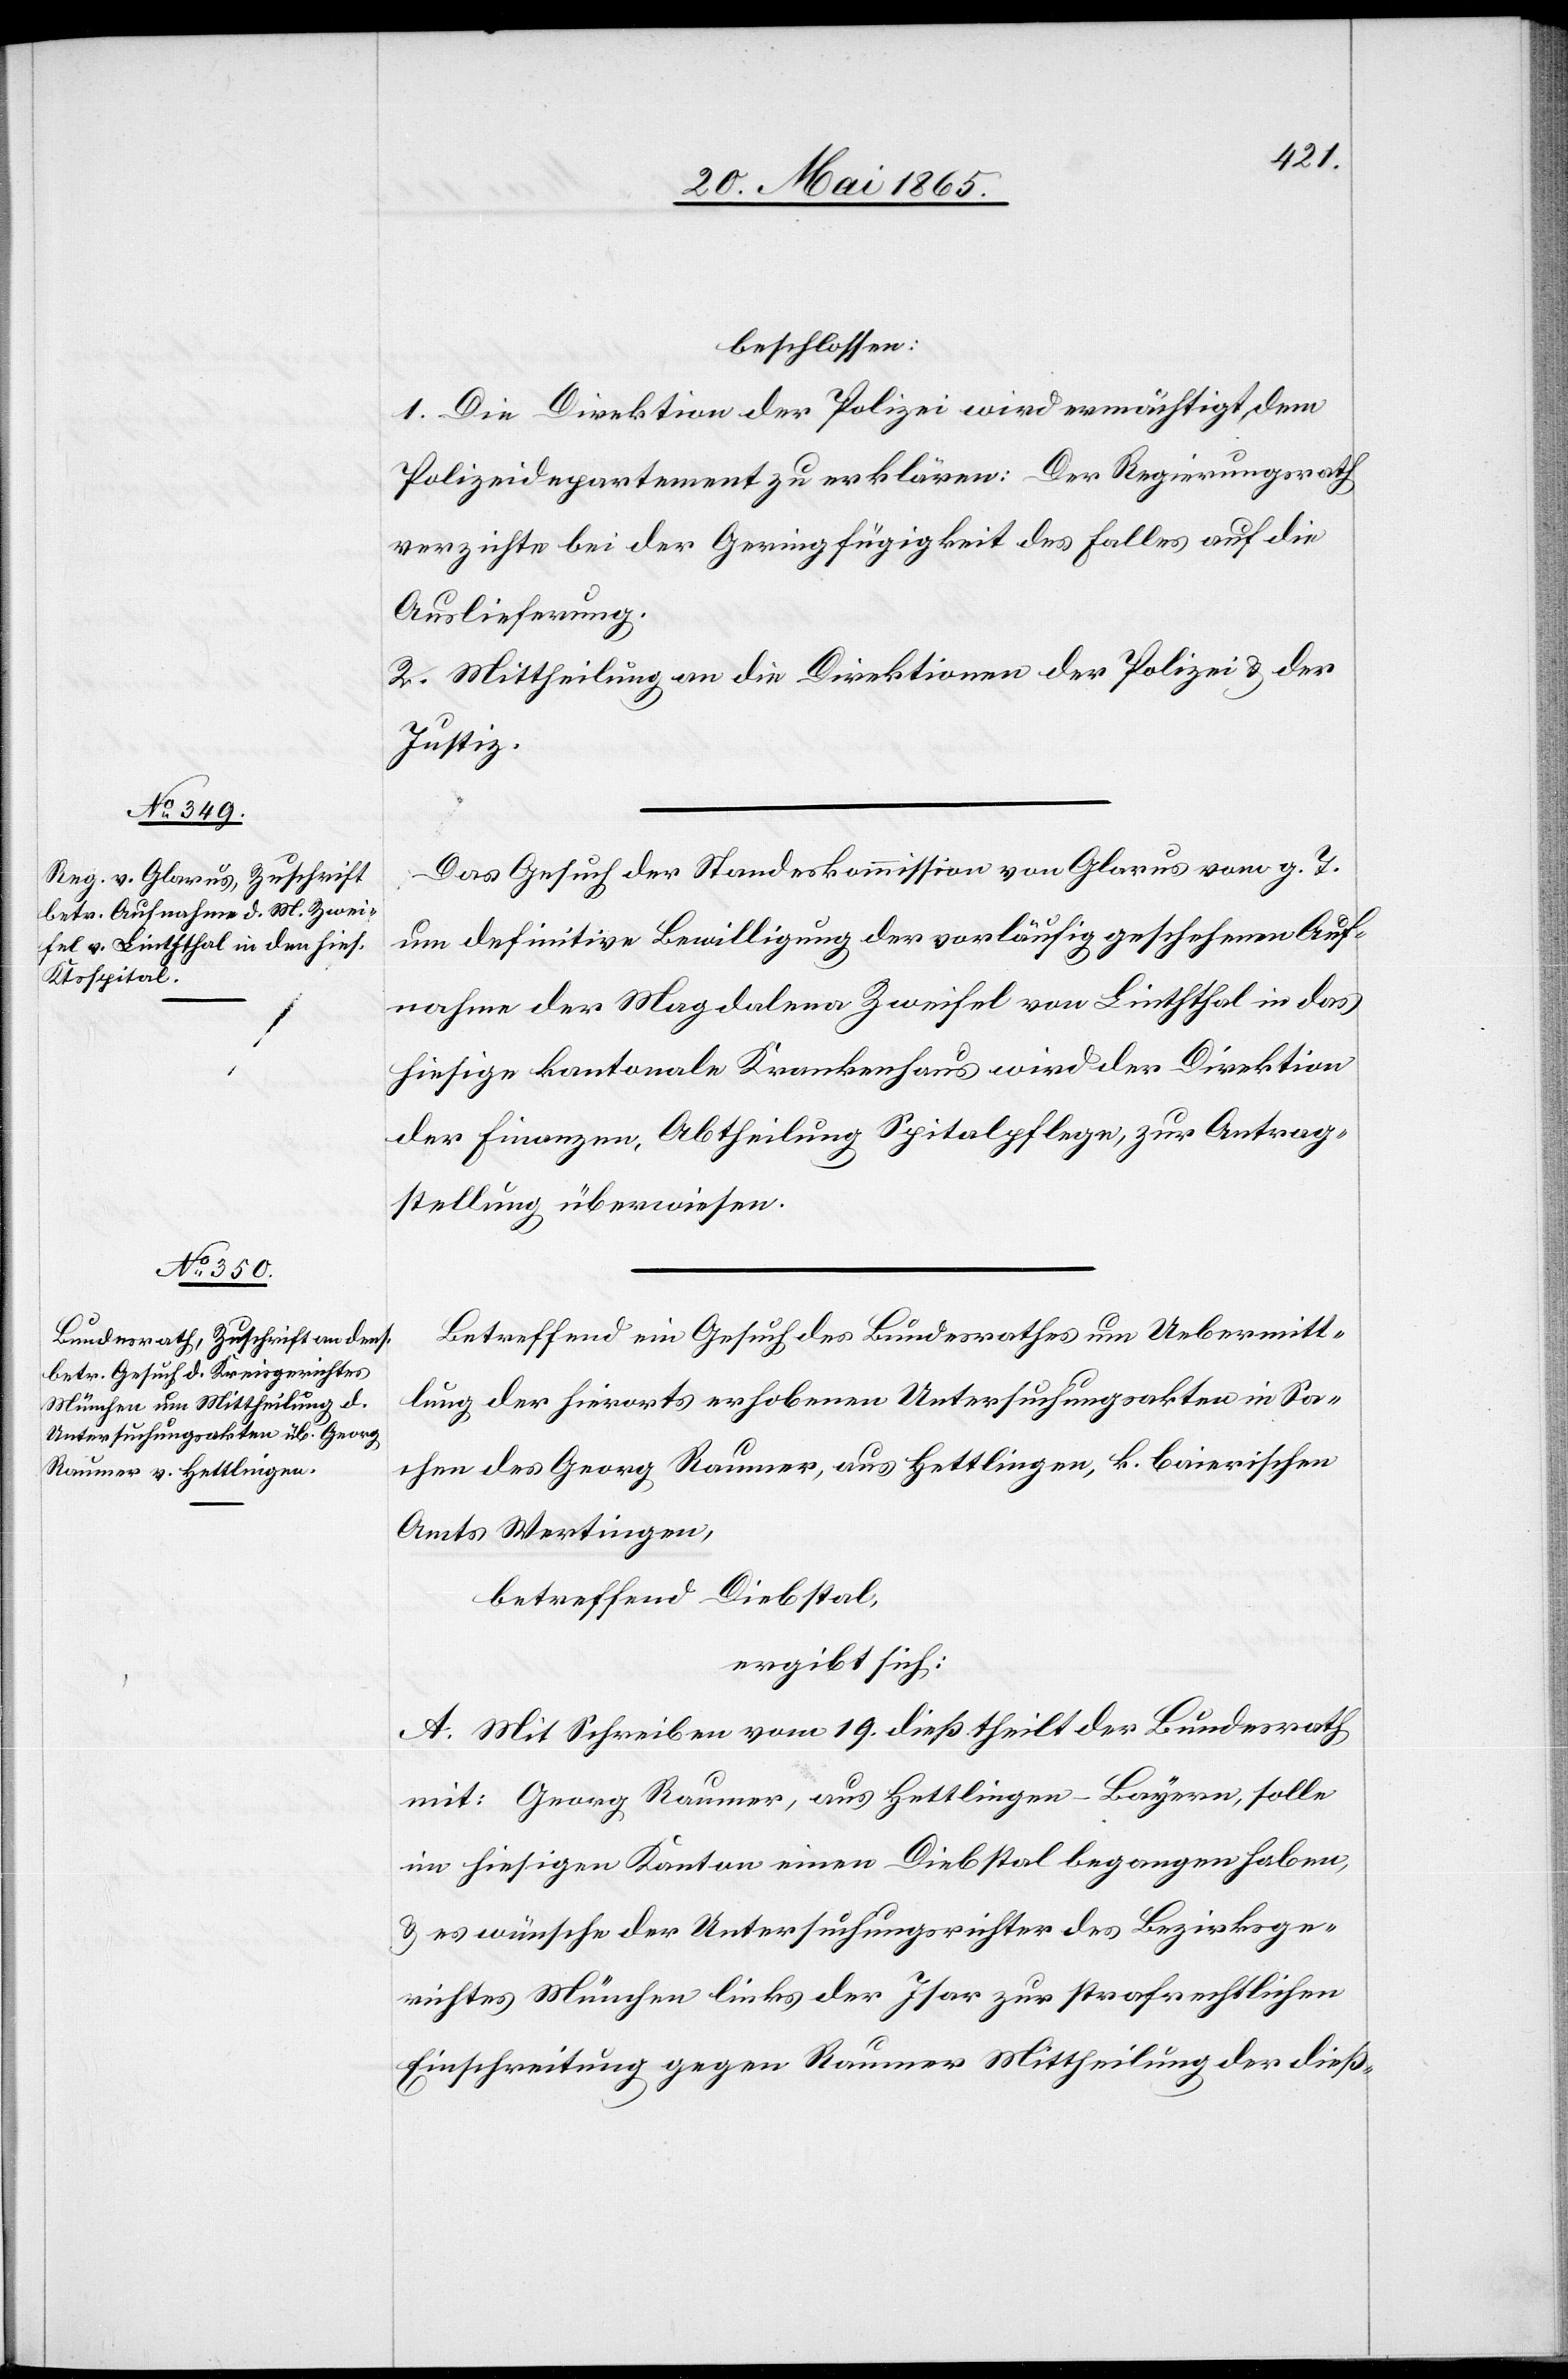
?23. Mai 1865.]
beschlossen:
1. Die Direktion der Polizei wird ermächtigt, dem
Polizeidepartement zu erklären: Der Regierungsrath
verzichte bei der Geringfügigkeit des Falles auf die
Auslieferung.
2. Mittheilung an die Direktion der Polizei & der
Justiz.
Das Gesuch der Standeskommission von Glarus vom g. T.
um definitive Bewilligung der vorläufig geschehenen Auf¬
nahme der Magdalena Zweifel von Linththal in das
hiesige kantonale Krankenhaus wird der Direktion
der Finanzen, Abtheilung Spitalpflege, zur Antrag¬
stellung überwiesen.
Betreffend ein Gesuch des Bundesrathes um Uebermitt¬
lung der hierorts erhobenen Untersuchungsakten in Sa¬
chen des Georg Raumer, aus Hettlingen, k. baierischen
Amts Wertingen,
betreffend Diebstal,
ergibt sich:
A. Mit Schreiben vom19. dieß theilt der Bundesrath
mit: Georg Raumer, aus Hettlingen-Bayern, solle
im hiesigen Kanton einen Diebstal begangen haben,
& es wünsche der Untersuchungsrichter des Bezirksge¬
richtes München links der Isar zur strafrechtlichen
Einschreitung gegen Raumer Mittheilung der dieß-